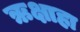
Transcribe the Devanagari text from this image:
ऋक्षाहा